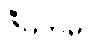
ဇီဝိတမ္ပိ